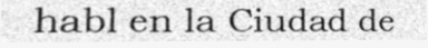
habl en la Ciudad de